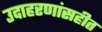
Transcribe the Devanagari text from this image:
उदाहरणांसहीत